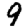
Digit: 9